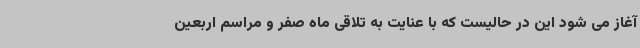
آغاز می شود این در حالیست که با عنایت به تلاقی ماه صفر و مراسم اربعین